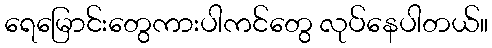
ရေမြောင်းတွေကားပါကင်တွေ လုပ်နေပါတယ်။